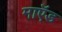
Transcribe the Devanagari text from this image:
माऍड